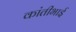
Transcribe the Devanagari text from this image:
कांतीभाई